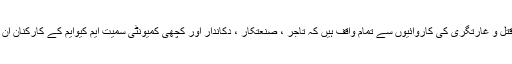
انہوں نے کہا کہ گینگ وار اور فرقہ پرست تنظیموں کی کھلی قتل و غارتگری کی کاروائیوں سے تمام واقف ہیں کہ تاجر ، صنعتکار ، دکاندار اور کچھی کمیونٹی سمیت ایم کیوایم کے کارکنان ان دہشت گردوں سے اپنی جان و مال کے عدم تحفظ کا شکار ہیں ۔